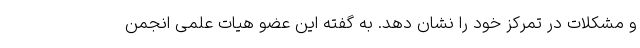
و مشکلات در تمرکز خود را نشان دهد. به گفته این عضو هیات علمی انجمن